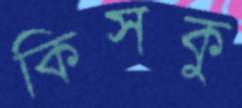
কিসকু